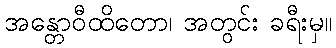
အန္တောဝီထိတော၊ အတွင်း ခရီးမှ။